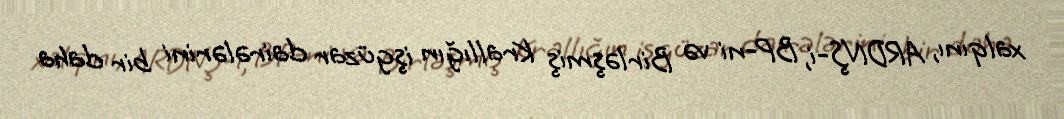
xalqını, ARDNŞ-i, BP-ni və Birləşmiş Krallığın işgüzar dairələrini bir daha